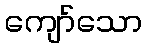
ကျော်သော